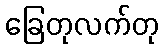
ခြေတုလက်တု